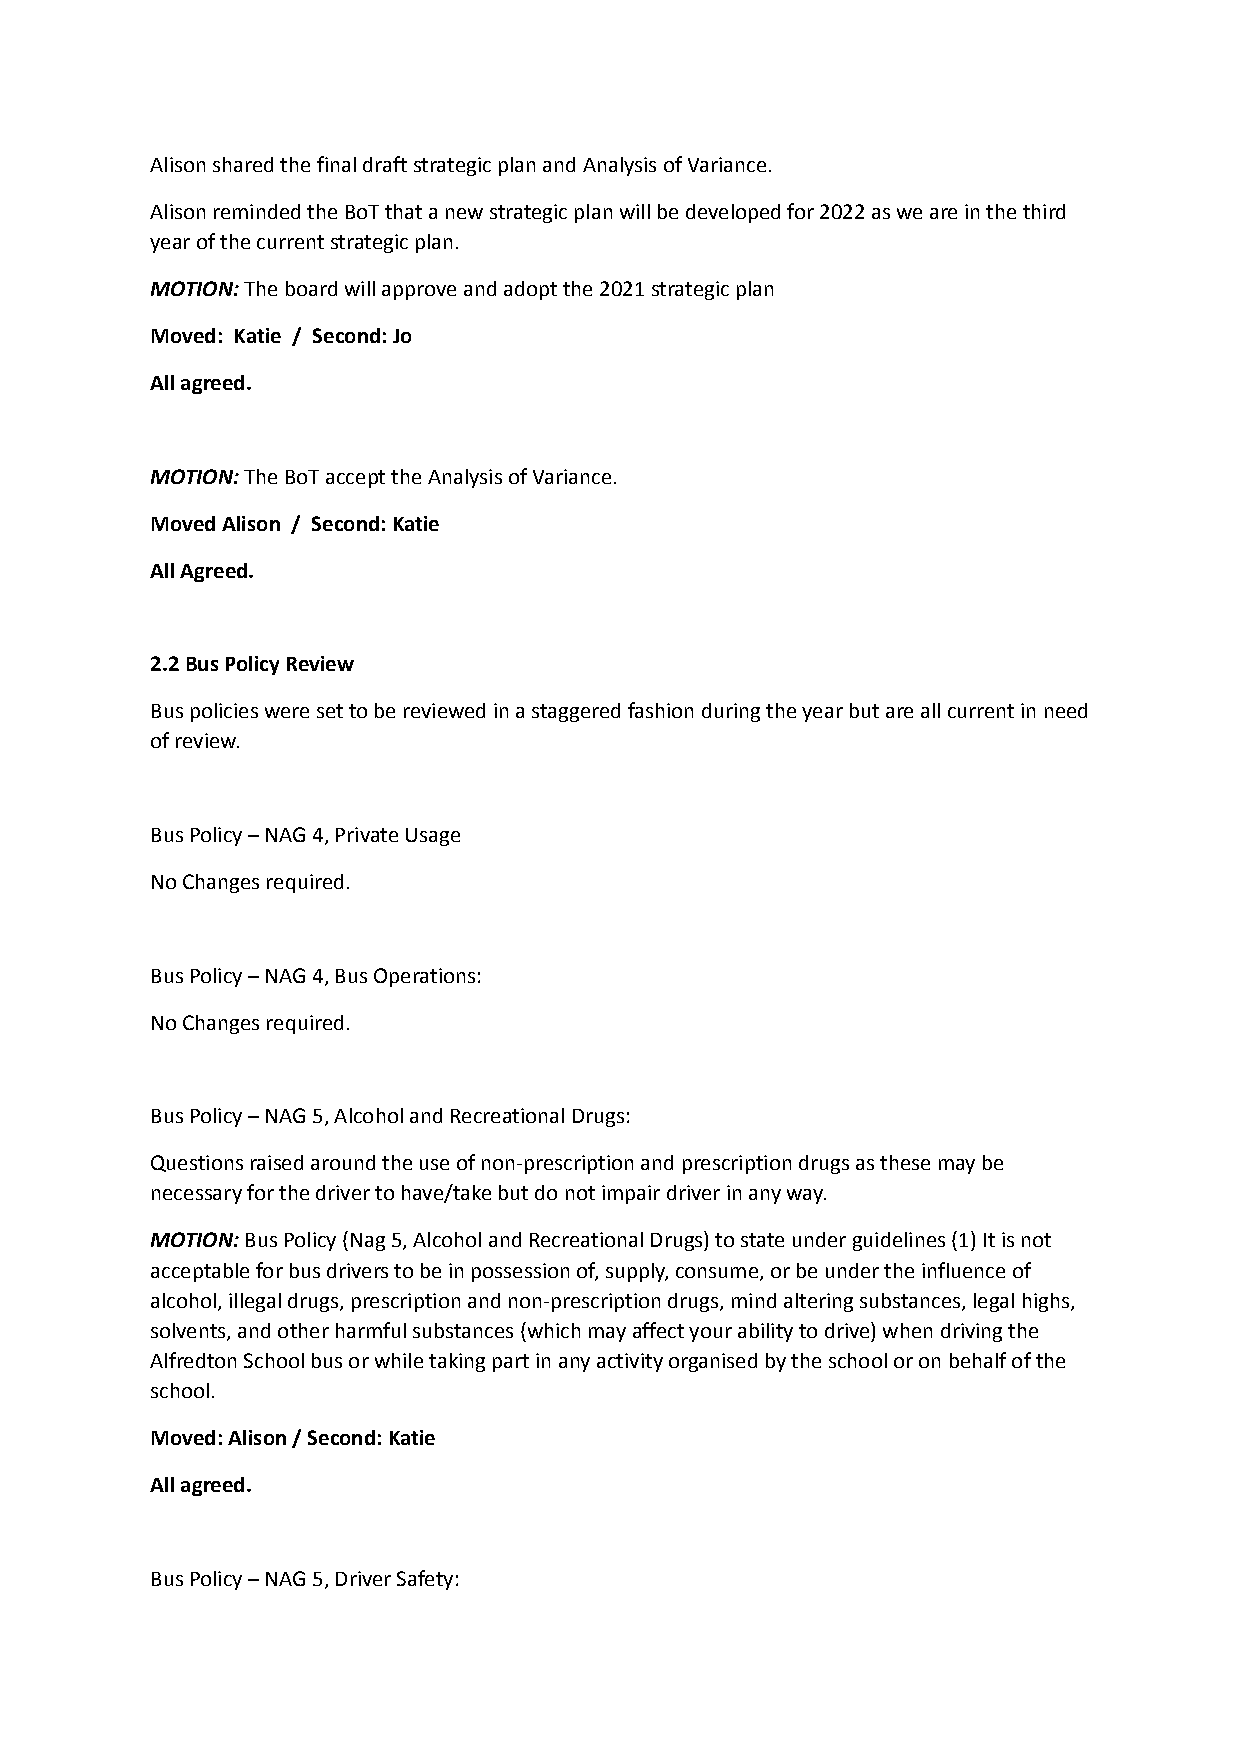
Alison shared the final draft strategic plan and Analysis of Variance.
 Alison reminded the BoT that a new strategic planwill be developed for 2022 as we are in the third
 year of the current strategic plan.
 MOTION:The board will approve and adopt the 2021strategic plan
 Moved: Katie / Second: Jo
 All agreed.
 MOTION:The BoT accept the Analysis of Variance.
 Moved Alison / Second: Katie
 All Agreed.
 2.2 Bus Policy Review
 Bus policies were set to be reviewed in a staggeredfashion during the year but are all current in need
 of review.
 Bus Policy – NAG 4, Private Usage
 No Changes required.
 Bus Policy – NAG 4, Bus Operations:
 No Changes required.
 Bus Policy – NAG 5, Alcohol and Recreational Drugs:
 Questions raised around the use of non-prescriptionand prescription drugs as these may be
 necessary for the driver to have/take but do not impairdriver in any way.
 MOTION:Bus Policy (Nag 5, Alcohol and RecreationalDrugs) to state under guidelines (1) It is not
 acceptable for bus drivers to be in possession of,supply, consume, or be under the influence of
 alcohol, illegal drugs, prescription and non-prescriptiondrugs, mind altering substances, legal highs,
 solvents, and other harmful substances (which mayaffect your ability to drive) when driving the
 Alfredton School bus or while taking part in any activityorganised by the school or on behalf of the
 school.
 Moved: Alison / Second: Katie
 All agreed.
 Bus Policy – NAG 5, Driver Safety: